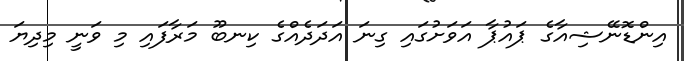
އިންޑޮނޭޝިއާގެ ޕައުޕާ އަވަށުގައި ގިނަ އަދަދެއްގެ ކިނބޫ މަރާފައި މި ވަނީ މިދިޔަ